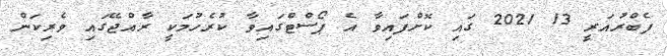
ފެބްރުއަރީ 13 2021 ގައި ކޮށްފައިވާ އެ ޕޯސްޓްގައިވާ ކުރެހުމަކީ ރާއްޖޭގައި ވެރިކަން